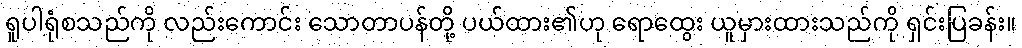
ရူပါရုံစသည်ကို လည်းကောင်း သောတာပန်တို့ ပယ်ထား၏ဟု ရောထွေး ယူမှားထားသည်ကို ရှင်းပြခန်း။